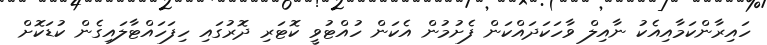
ހައިރާންކަމާއިއެކު ނާއިލް ވާހަކަދައްކަން ފެށުމުން އެކަން ހުއްޓުވީ ކޮޓަރި ދޮރުގައި ހިފަހައްޓާލައިގެން ކުޑަކޮށް